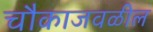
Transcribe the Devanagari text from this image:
चौकाजवळील